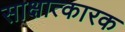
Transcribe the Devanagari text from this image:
साक्षात्कारक